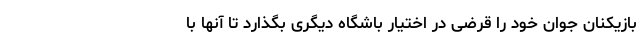
بازیکنان جوان خود را قرضی در اختیار باشگاه دیگری بگذارد تا آنها با